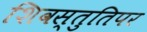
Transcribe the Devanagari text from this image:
शिवस्तुतिपर